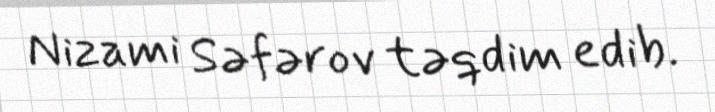
Nizami Səfərov təqdim edib.